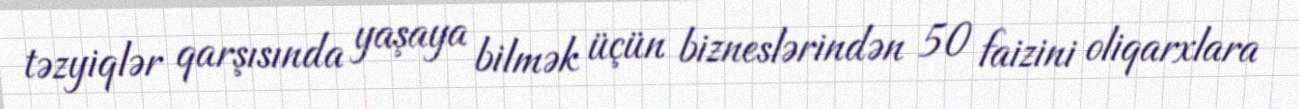
təzyiqlər qarşısında yaşaya bilmək üçün bizneslərindən 50 faizini oliqarxlara